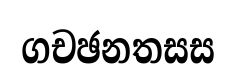
ගචඡනතසස